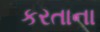
કરતાના